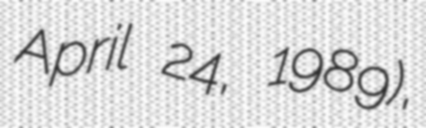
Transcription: April 24, 1989),